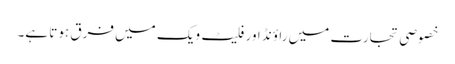
خصوصی تجارت میں راؤنڈ اور فلیٹ ویک میں فرق ہوتا ہے۔